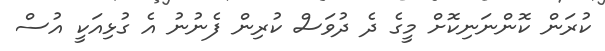
ކުރަން ކޮންނަނިކޮށް މީގެ ދެ ދުވަސް ކުރިން ފެނުނު އެ ގުޅިއަކީ އުސް